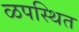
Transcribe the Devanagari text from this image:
ळपस्थित